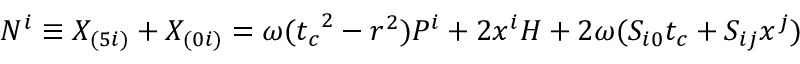
N ^ { i } \equiv X _ { ( 5 i ) } + X _ { ( 0 i ) } = \omega ( { t _ { c } } ^ { 2 } - r ^ { 2 } ) P ^ { i } + 2 x ^ { i } H + 2 \omega ( S _ { i 0 } t _ { c } + S _ { i j } x ^ { j } )